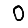
Digit: 0